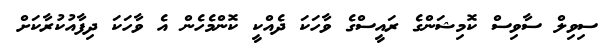
ސިވިލް ސާވިސް ކޮމިޝަންގެ ރައީސްގެ ވާހަކަ ދެއްކީ ކޮންމެހެން އެ ވާހަކަ ދިފާއުކުރާކަށް